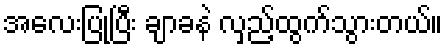
အလေးပြုပြီး ချာခနဲ လှည့်ထွက်သွားတယ်။